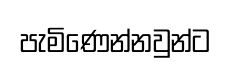
පැමිණෙන්නවුන්ට